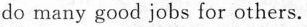
do many good jobs for others.